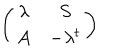
\left( \begin{array} { c c } { { \lambda } } & { { S } } \\ { { A } } & { { - \lambda ^ { t } } } \\ \end{array} \right)